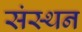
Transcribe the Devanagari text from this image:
संस्थन